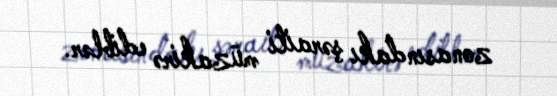
zonasındakı şəraiti müzakirə ediblər.